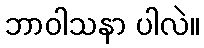
ဘာဝါသနာ ပါလဲ။